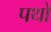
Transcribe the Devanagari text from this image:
पथो